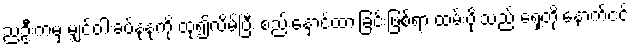
ညဦးကမှ မျှင်ဝါးခပ်နုနုကို ထု၍လိမ်ပြီး စည်းနှောင်ထားခြင်းဖြစ်ရာ ထမ်းပိုးသည် ရှေ့တိုးနောက်ငင်